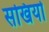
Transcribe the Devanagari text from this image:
सखियो